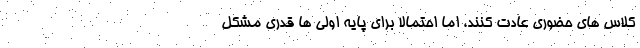
کلاس های حضوری عادت کنند، اما احتمالا برای پایه اولی ها قدری مشکل